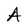
Character: A